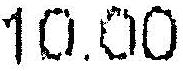
10.00